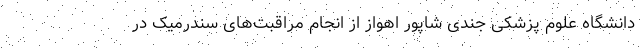
دانشگاه علوم پزشکی جندی شاپور اهواز از انجام مراقبت‌های سندرمیک در